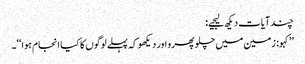
چند آیات دیکھ لیجیے:
’’کہو: زمین میں چلو پھرو اور دیکھو کہ پہلے لوگوں کا کیا انجام ہوا‘‘۔